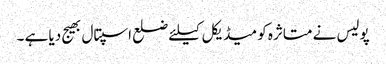
پولیس نے متاثرہ کو میڈیکل کیلئے ضلع اسپتال بھیج دیا ہے ۔